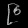
Digit: ၉